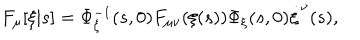
F _ { \mu } [ \xi | s ] = \Phi _ { \xi } ^ { - 1 } ( s , 0 ) F _ { \mu \nu } ( \xi ( s ) ) \Phi _ { \xi } ( s , 0 ) \dot { \xi } ^ { \nu } ( s ) ,